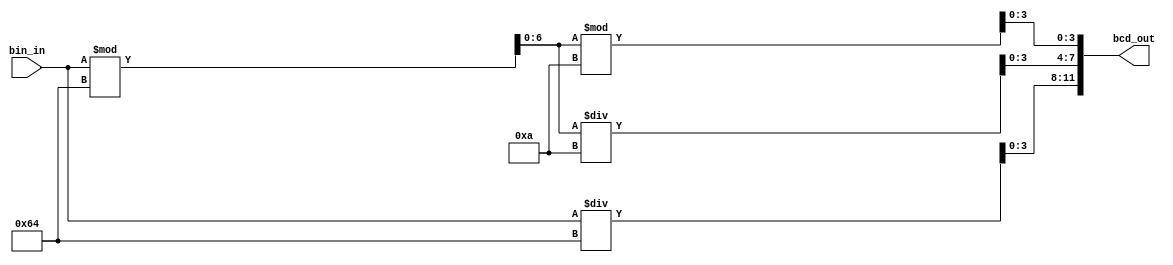
module byte2bcd(
	input  [7:0] bin_in,
	output [11:0] bcd_out
);

	reg [3:0] hundreds, tens, ones;
	reg [6:0] temp_reg;

	always @(*) begin
		hundreds = bin_in / 100;
		temp_reg = bin_in % 100;
		tens = temp_reg / 10;
		ones = temp_reg % 10;
	end

	assign bcd_out = {hundreds, tens, ones};

endmodule